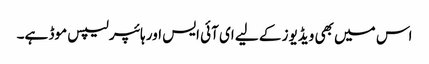
اس میں بھی ویڈیوز کے لیے ای آئی ایس اور ہائپر لیپس موڈ ہے۔